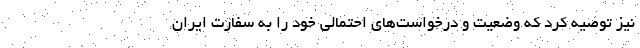
نیز توصیه کرد که وضعیت و درخواست‌های احتمالی خود را به سفارت ایران